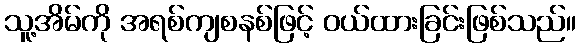
သူ့အိမ်ကို အရစ်ကျစနစ်ဖြင့် ဝယ်ထားခြင်းဖြစ်သည်။